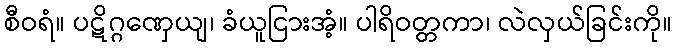
စီဝရံ။ ပဋိဂ္ဂဏှေယျ၊ ခံယူငြားအံ့။ ပါရိဝတ္တကာ၊ လဲလှယ်ခြင်းကို။